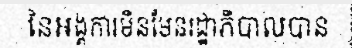
នៃអង្គការមិនមែនរដ្ឋាភិបាលបាន